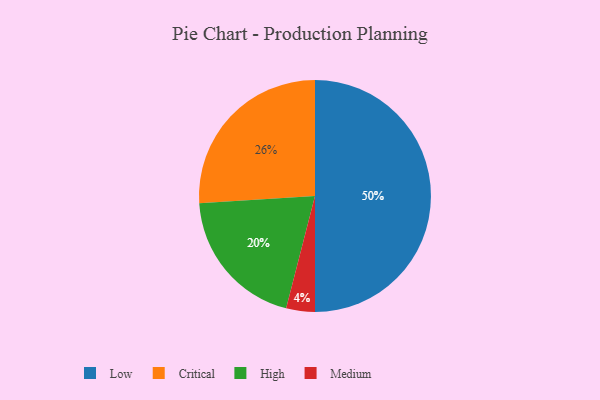
{"axis": {"x": "Category", "y": "Percentage"}, "legend": ["Critical", "High", "Low", "Medium"], "data": [{"x": "Critical", "y": 26, "type": "Critical"}, {"x": "High", "y": 20, "type": "High"}, {"x": "Low", "y": 50, "type": "Low"}, {"x": "Medium", "y": 4, "type": "Medium"}]}